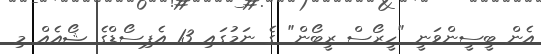
އެން ބީސީންވަނީ "ހީރޯސް ރީބޯން" ގެ ނަމުގައި 13 އެޕިސޯޑްގެ ޝޯއެއް މި